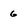
Character: 6